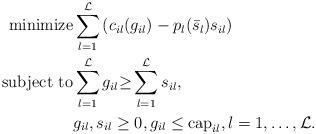
LaTeX: \begin{align*}\mbox{minimize} & \sum_{l =1}^\mathcal{L} \left( c_{il} (g_{il}) - p_l(\bar s_l)s_{il}\right)\cr\mbox{subject to} & \sum_{l=1}^\mathcal{L} g_{il} {\geq} \sum_{l=1}^\mathcal{L} s_{il}, \\& g_{il}, s_{il} \geq 0,g_{il} \leq \mathrm{cap}_{il}, l = 1,\hdots, \mathcal{L}. \end{align*}